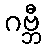
ဂဗ္ဘီ